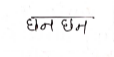
मजकूर: छनछन